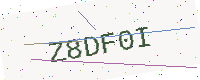
Text: Z8DF0I